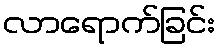
လာရောက်ခြင်း